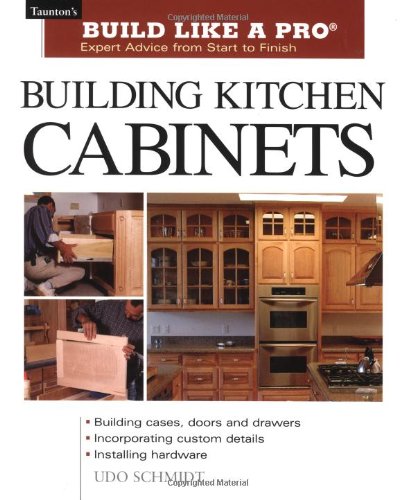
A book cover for Building Kitchen Cabinets (Taunton's Build Like a Pro); Udo Schmidt; Engineering & Transportation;